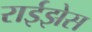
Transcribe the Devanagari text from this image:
राईझेस